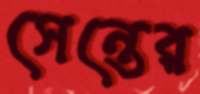
সেন্তের